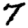
Digit: 7